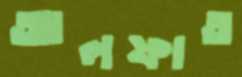
আলফাত